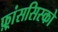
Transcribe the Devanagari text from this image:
फ़्रांससिस्को